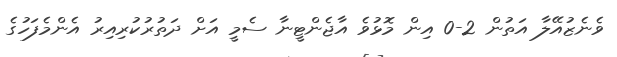
ވެނެޒުއޭލާ އަތުން 2-0 އިން މޮޅުވެ އާޖެންޓީނާ ސެމީ އަށް ދަތުރުކުރިއިރު އެންމެފަހުގެ